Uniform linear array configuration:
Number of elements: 16
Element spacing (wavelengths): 1
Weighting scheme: uniform
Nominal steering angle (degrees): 0
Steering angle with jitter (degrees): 0.6787
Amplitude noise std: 0.05
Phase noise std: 0.05

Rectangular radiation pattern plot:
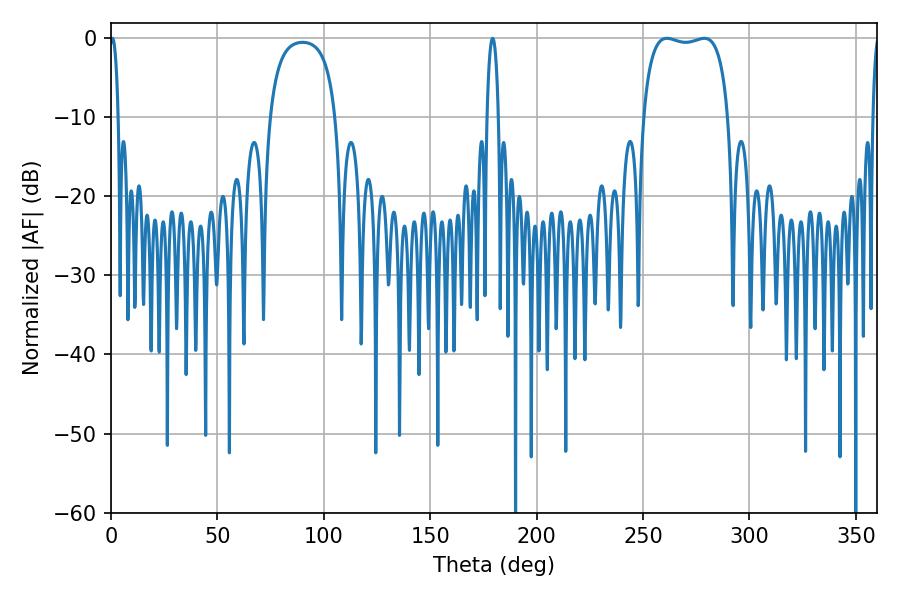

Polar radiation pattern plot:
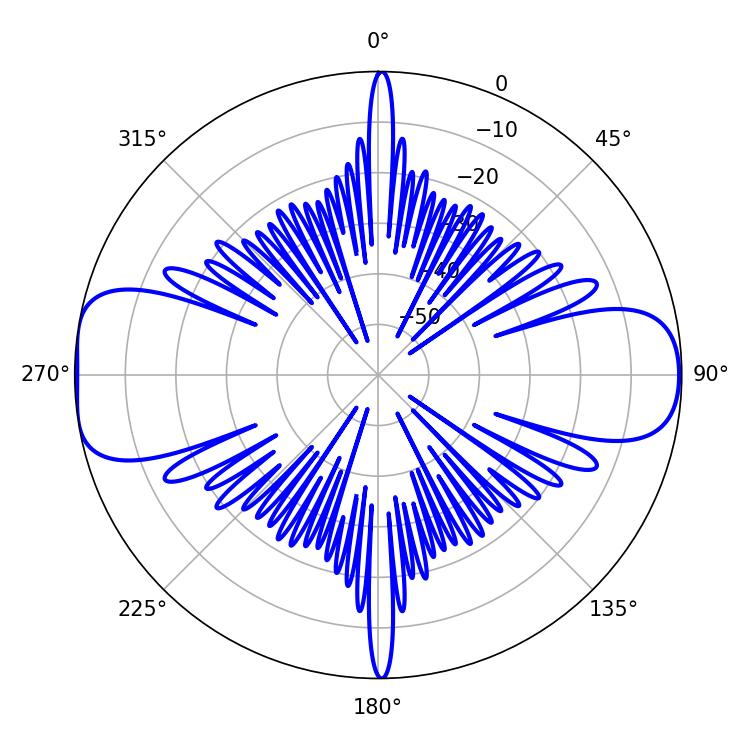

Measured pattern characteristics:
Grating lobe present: TRUE
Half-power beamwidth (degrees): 32.04
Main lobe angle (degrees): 261.18